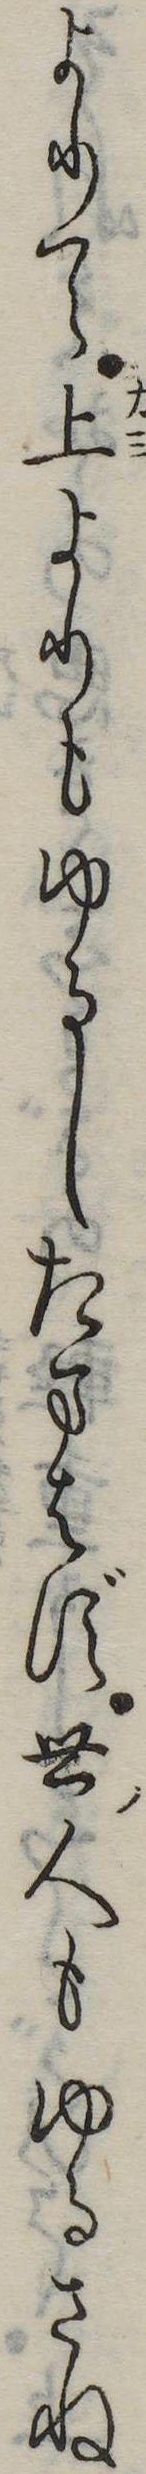
よりて上よりもゆるしたまはず世人もゆるさね